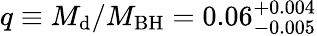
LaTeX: q\equiv{M_{\mathrm{d}}}/{M_{\mathrm{BH}}}=0.06_{-0.005}^{+0.004}